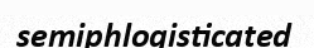
semiphlogisticated